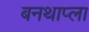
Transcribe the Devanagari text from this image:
बनथाप्ला